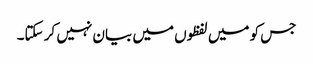
جس کو میں لفظوں میں بیان نہیں کر سکتا۔